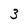
Character: 3